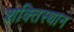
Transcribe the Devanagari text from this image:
शक्तिस्थान